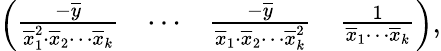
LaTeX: \left(\begin{array}{llll}{\frac{-\overline{{y}}}{\overline{{x}}_{1}^{2}\cdot\overline{{x}}_{2}\cdots\overline{{x}}_{k}}}&{\cdots}&{\frac{-\overline{{y}}}{\overline{{x}}_{1}\cdot\overline{{x}}_{2}\cdots\overline{{x}}_{k}^{2}}}&{\frac{1}{\overline{{x}}_{1}\cdots\overline{{x}}_{k}}}\end{array}\right),